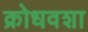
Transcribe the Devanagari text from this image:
क्रोधवशा